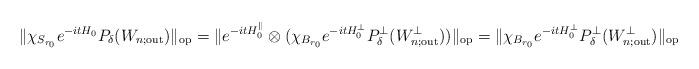
LaTeX: \begin{align*} \|\chi_{S_{r_0}}e^{-itH_0} P_{\delta }(W_{n;\textrm{out}})\|_{\textrm{op}}=\|e^{-itH_0^\parallel}\otimes (\chi_{B_{r_0}}e^{-itH_0^\perp}P^\perp_\delta(W_{n;\textrm{out}}^\perp))\|_\textrm{op}=\|\chi_{B_{r_0}}e^{-itH_0^\perp}P^\perp_\delta(W_{n;\textrm{out}}^\perp)\|_\textrm{op}\end{align*}